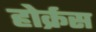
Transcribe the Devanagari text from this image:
होर्क्रस